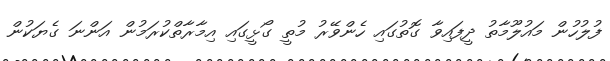
ފުލުހުން މައުލޫމާތު ދީފައިވާ ގޮތުގައި ހެންވޭރު މުތީ ގޯޅީގައި އިމާރާތްކުރަމުން އަންނަ ގެޔަކުން